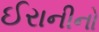
ઈરાનીનો